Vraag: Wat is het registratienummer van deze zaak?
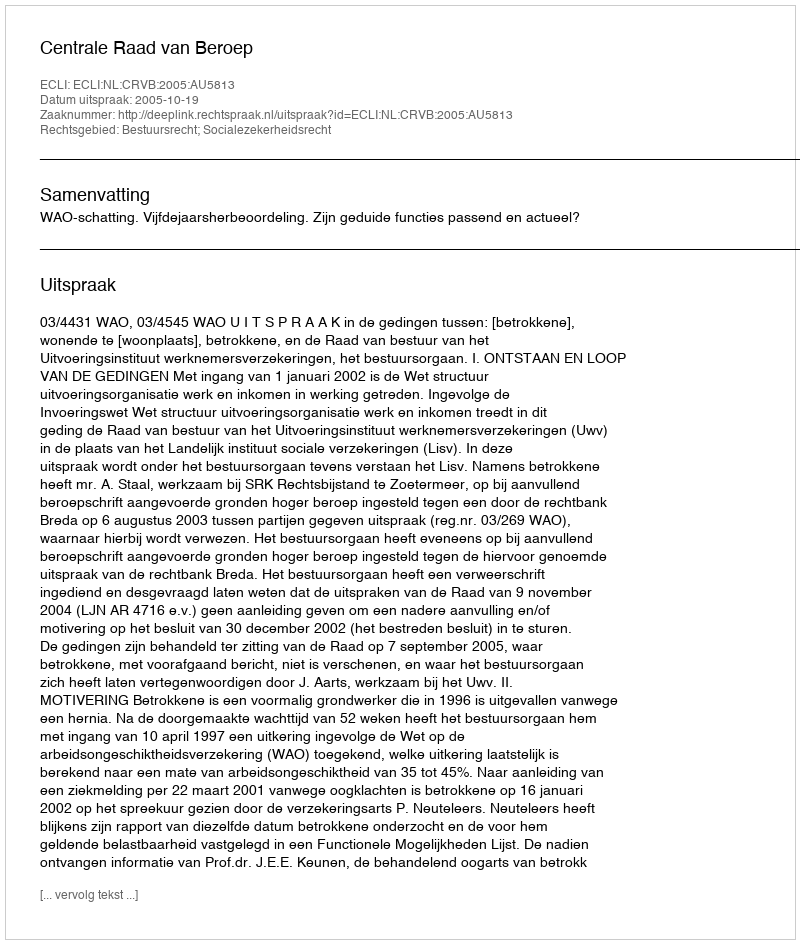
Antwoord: http://deeplink.rechtspraak.nl/uitspraak?id=ECLI:NL:CRVB:2005:AU5813